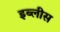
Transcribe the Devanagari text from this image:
इब्लीस